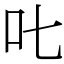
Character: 𠮟